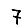
Digit: 7